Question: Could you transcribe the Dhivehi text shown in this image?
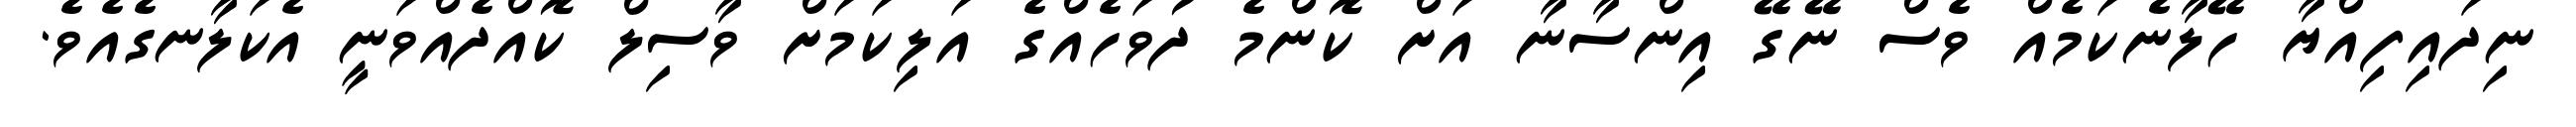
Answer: ނިދައިފިއްޔާ ހޭލާނެކަމެއް ވެސް ނޭގޭ އިންސާނާ އަށް ކޮންމެ ދުވަހެއްގެ އަލިކަމަށް ވާސިލް ކޮއްދެއްވަނީ އެކަލާނގެއެވެ.